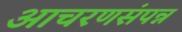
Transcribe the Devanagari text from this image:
आचरणसंपन्न